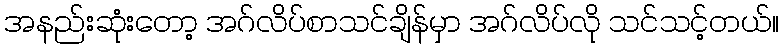
အနည်းဆုံးတော့ အဂ်လိပ်စာသင်ချိန်မှာ အဂ်လိပ်လို သင်သင့်တယ်။